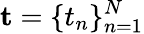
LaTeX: \mathbf{t}=\{ t_{n}\} _{n=1}^{N}